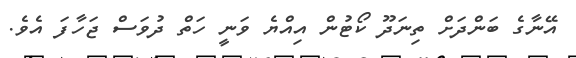
އޭނާގެ ބަންދަށް ތިިނަދޫ ކޯޓުން އިއްޔެ ވަނީ ހަތް ދުވަސް ޖަހާފަ އެވެ.